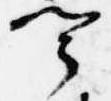
聞